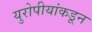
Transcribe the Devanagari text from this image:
युरोपीयांकडून